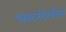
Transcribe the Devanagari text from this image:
पोस्टरदेखील